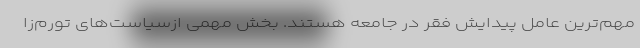
مهم‌ترین عامل پیدایش فقر در جامعه هستند. بخش مهمی ازسیاست‌های تورم‌زا